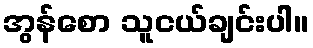
အွန်စော သူငယ်ချင်းပါ။